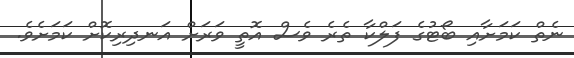
ނެތް ކަމަށާއި ބޯޓުގެ ފަލްކާ ތެރެ ވެސް އޮތީ ވަރަށް އަނދިރިކޮށް ކަމަށެވެ.